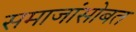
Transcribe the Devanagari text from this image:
समाजांसोबत